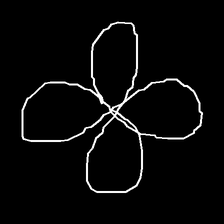
Glyph: billowing